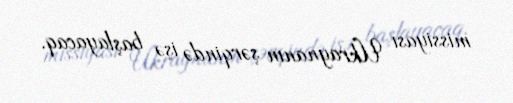
missiyası Ukraynanın şərqində işə başlayacaq.